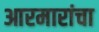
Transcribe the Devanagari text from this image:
आरमारांचा